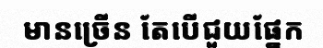
មានច្រើន តែបើជួយផ្នែក